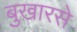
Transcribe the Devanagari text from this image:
बुखारसे